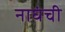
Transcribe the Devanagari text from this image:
नाघंची